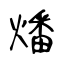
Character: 燔